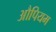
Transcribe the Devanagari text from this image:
औपियम